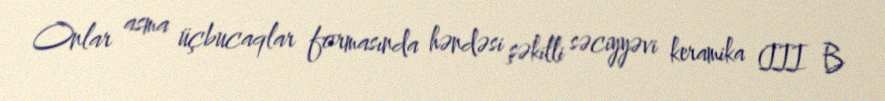
Onlar asma üçbucaqlar formasında həndəsi şəkilli səciyyəvi keramika (III B